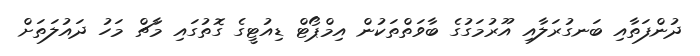
ދުންފަތާއި ބަނގުރަލާއި އޫރުމަގުގެ ބާވަތްތަކުން އިމްޕޯޓް ޑިއުޓީގެ ގޮތުގައި މާޗް މަހު ދައުލަތަށް